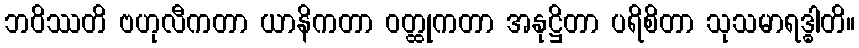
ဘဝိဿတိ ဗဟုလီကတာ ယာနိကတာ ဝတ္ထုကတာ အနုဋ္ဌိတာ ပရိစိတာ သုသမာရဒ္ဓါတိ။